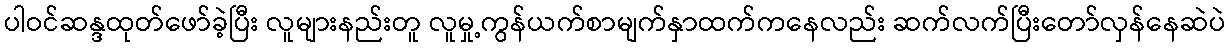
ပါဝင်ဆန္ဒထုတ်ဖော်ခဲ့ပြီး လူများနည်းတူ လူမှု့ကွန်ယက်စာမျက်နှာထက်ကနေလည်း ဆက်လက်ပြီးတော်လှန်နေဆဲပဲ